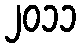
၂၀၁၁